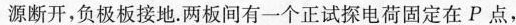
源断开，负极板接地。两板间有一个正试探电荷固定在P点，